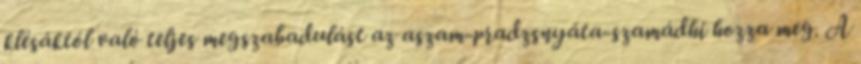
klésáktól való teljes megszabadulást az aszam-pradzsnyáta-szamádhi hozza meg. A